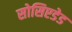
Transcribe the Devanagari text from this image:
सोसिएडेड